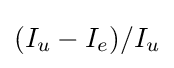
(I_{u}-I_{e})/I_{u}